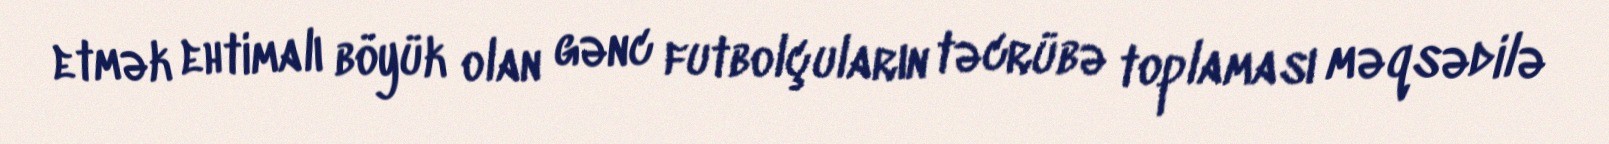
etmək ehtimalı böyük olan gənc futbolçuların təcrübə toplaması məqsədilə